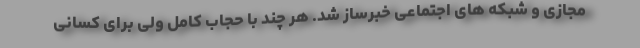
مجازی و شبکه های اجتماعی خبرساز شد. هر چند با حجاب کامل ولی برای کسانی